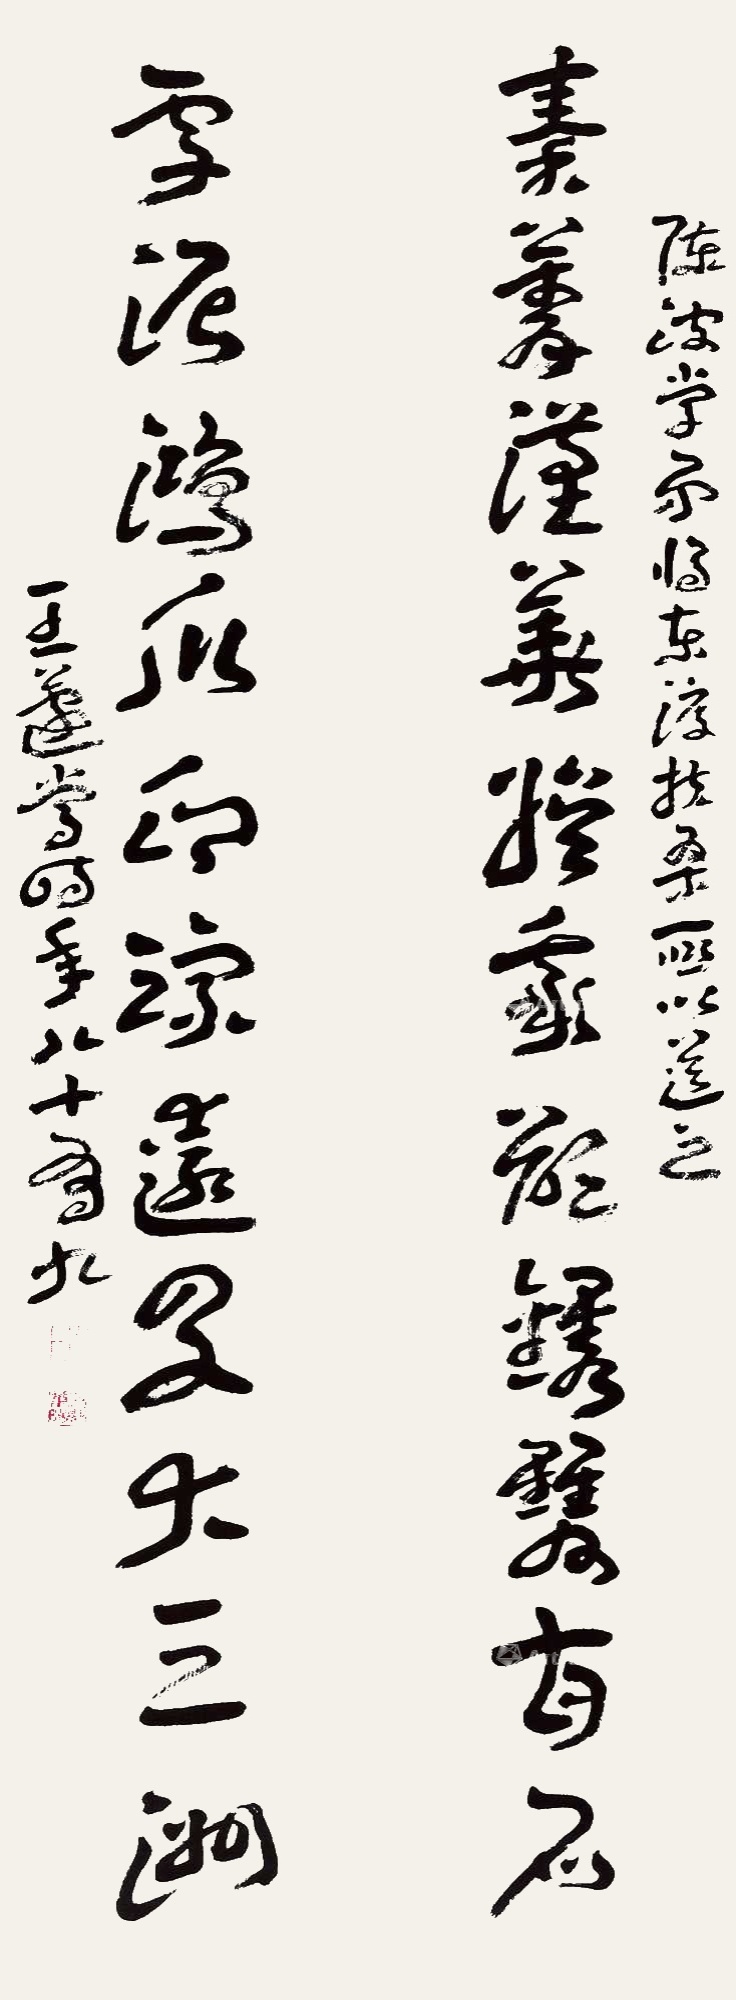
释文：秦菁汉华娱我欲镌双百石，雪泥鸿瓜印踪远及大三洲。陈波学弟将东渡扶桑所以送之，王蘧常时年八十有九。